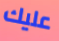
عليك